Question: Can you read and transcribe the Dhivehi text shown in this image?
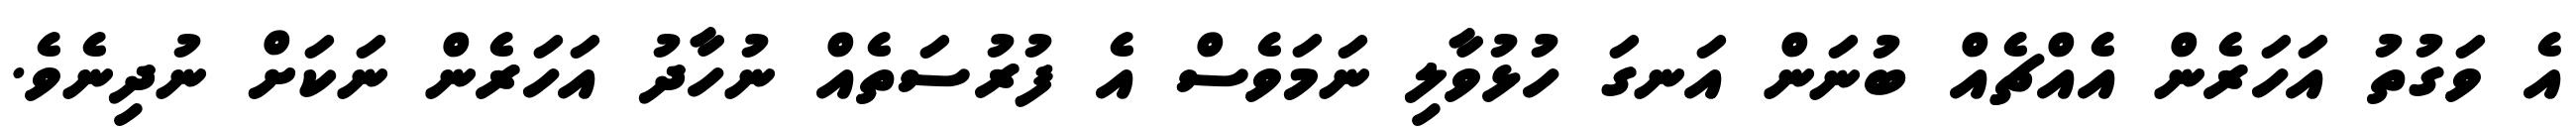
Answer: އެ ވަގުތު އަހަރެން އެއްޗެއް ބުނަން އަނގަ ހުޅުވާލި ނަމަވެސް އެ ފުރުސަތެއް ނުހާދު އަހަރެން ނަކަށް ނުދިނެވެ.